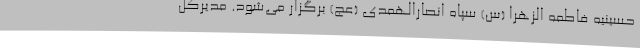
حسینیه فاطمه الزهرا (س) سپاه انصارالهمدی (عج) برگزار می‌شود. مدیرکل